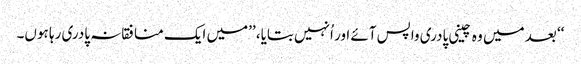
‘‘ بعد میں وہ چینی پادری واپس آئے اور اُنہیں بتایا، ’’میں ایک منافقانہ پادری رہا ہوں۔